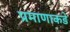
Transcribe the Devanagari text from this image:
प्रमाणाकडे